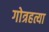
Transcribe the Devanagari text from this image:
गोत्रहत्या